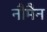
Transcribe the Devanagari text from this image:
नौमैन